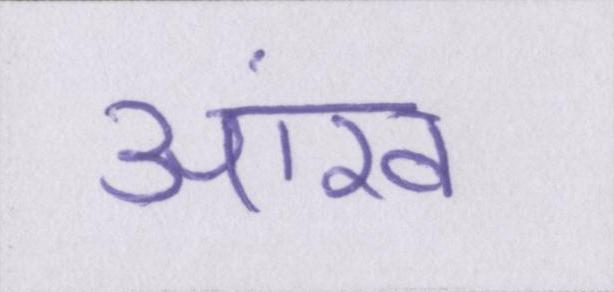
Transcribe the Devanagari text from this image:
आंख